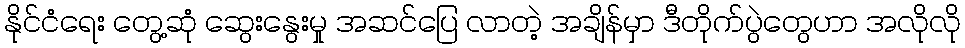
နိုင်ငံရေး တွေ့ဆုံ ဆွေးနွေးမှု အဆင်ပြေ လာတဲ့ အချိန်မှာ ဒီတိုက်ပွဲတွေဟာ အလိုလို